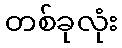
တစ်ခုလုံး